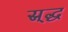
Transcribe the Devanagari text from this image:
स्र्द्ध